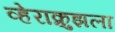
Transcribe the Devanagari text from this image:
व्हेराक्रुझला